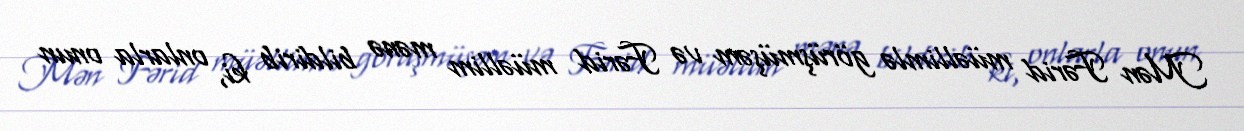
Mən Fərid müəllimlə görüşmüşəm və Fərid müəllim mənə bildirib ki, onlarla onun